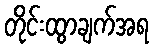
တိုင်းထွာချက်အရ